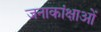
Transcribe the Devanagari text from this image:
जनाकांक्षाओं